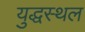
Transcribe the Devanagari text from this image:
युद्धस्‍थल